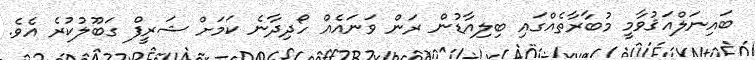
ބައިނަލްއަޤުވާމީ މުބާރާތެއްގައި ބިލިއާޑުން ރަން ވަނައެއް ހޯދިދާނެ ކަމަށް ޝަރީފް ގަބޫލުކުރެ އެވެ.